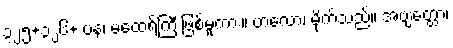
၃၂၅+၃၂၆+ ပန၊ မထေရ်ကြီးဖြစ်မူကား။ ဗာလော၊ မိုက်သည်။ အဗျတ္တော၊